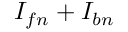
I _ { f n } + I _ { b n }